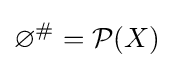
\varnothing ^{\#}={\mathcal {P}}(X)